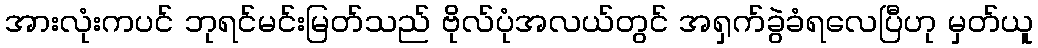
အားလုံးကပင် ဘုရင်မင်းမြတ်သည် ဗိုလ်ပုံအလယ်တွင် အရှက်ခွဲခံရလေပြီဟု မှတ်ယူ